Punjab Mental Hospital Lahore 1932-46 - 1932-1946
Year: 1932
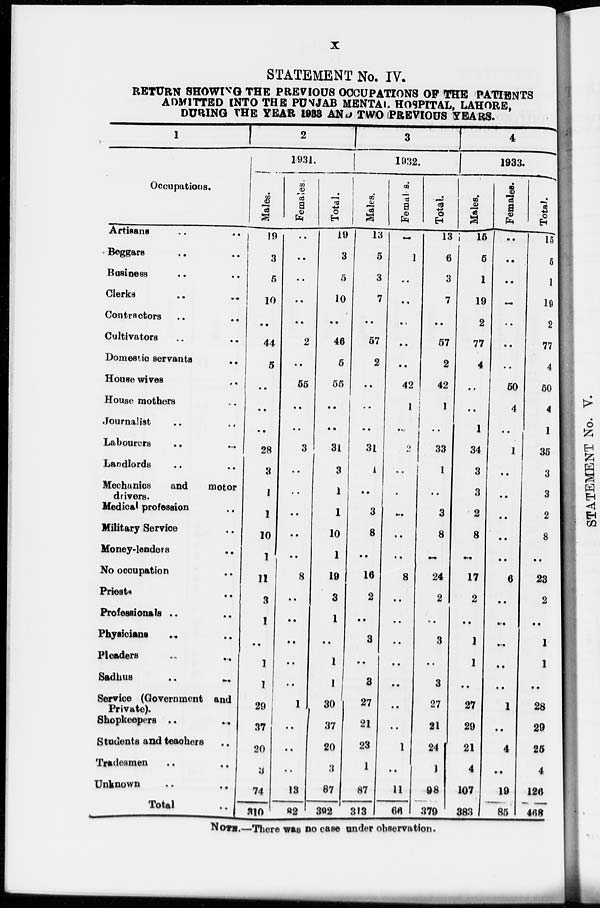
x
STATEMENT No. IV.
RETURN SHOWING THE PREVIOUS OCCUPATIONS OF THE PATIENTS
ADMITTED INTO THE PUNJAB MENTAL HOSPITAL, LAHORE,
DURING THE YEAR 1933 AND TWO PREVIOUS YEARS.
1
Occupations.
Artisans
..
..
Beggars .. ..
Business .. ..
Clerks .. ..
Contractors .. ..
Cultivators .. ..
Domestic servants
..
House wives ..
House mothers .. ..
Journalist .. ..
Labourers .. ..
Landlords .. ..
Mechanics
and
motor
drivers.
Medical profession ..
Military Service ..
Money-lenders
..
No occupation ..
Priests ..
Professionals .. ..
Physicians .. ..
Pleaders .. ..
Sadhus .. ..
Service (Government and
Private).
Shopkeepers
..
..
Students and teachers ..
Tradesmen
.. ..
Unknown .. ..
Total
..
2
1931.
Males.
19
3
5
10
..
44
5
..
..
..
28
3
1
1
10
1
11
3
1
..
1
1
29
37
20
3
74
310
Females.
..
..
..
..
..
2
..
55
..
..
3
..
..
..
..
..
8
..
..
..
..
..
1
..
..
..
13
82
Total.
19
3
5
10
..
46
5
55
..
..
31
3
1
1
10
1
19
3
1
..
1
1
30
37
20
3
87
392
3
1932.
Males.
13
5
3
7
..
57
2
..
..
..
31
1
..
3
8
..
16
2
..
3
..
3
27
21
23
1
87
313
Female.
..
1
..
..
..
..
..
42
1
..
2
..
..
..
..
..
8
..
..
..
..
..
..
..
1
..
11
66
Total.
13
6
3
7
..
57
2
42
1
..
33
1
..
3
8
..
24
2
..
3
..
3
27
21
24
1
98
379
4
1933.
Males.
15
5
1
19
2
77
4
..
..
1
34
3
3
2
8
..
17
2
..
1
1
..
27
29
21
4
107
383
Females.
..
..
..
..
..
..
..
50
4
..
1
..
..
..
..
..
6
..
..
..
..
..
1
..
4
..
19
85
Total.
15
5
1
19
2
77
4
50
4
1
35
3
3
2
8
..
23
2
..
1
1
..
28
29
25
4
126
468
NOTE.—There was no case under observation.